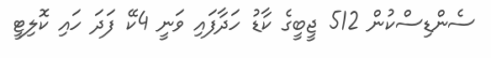
ސެންޑިސްކުން 512 ޖީބީގެ ކާޑު ހަދާފައި ވަނީ 4ކޭ ފަދަ ހައި ކޮލިޓީ